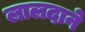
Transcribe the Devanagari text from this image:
लालदाने